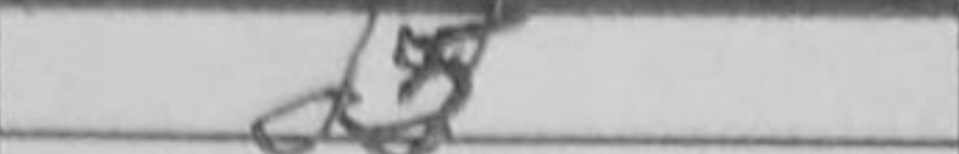
Transcription: d5